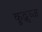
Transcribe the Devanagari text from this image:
कुद्बुब्ज